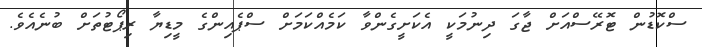
ސްކޮޑުން ޓޮރޭސްއަށް ޖާގަ ދިނުމަކީ އެކަށީގެންވާ ކަމެއްކަމަށް ސްޕެއިންގެ މީޑިޔާ ރިޕޯޓުތަށް ބުނެއެވެ.